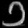
Digit: ၁